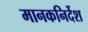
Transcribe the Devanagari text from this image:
मानकनिर्देश